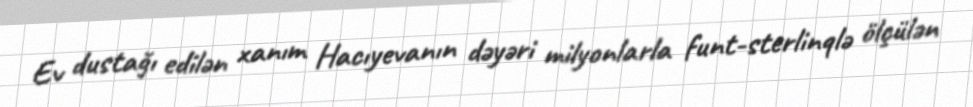
Ev dustağı edilən xanım Hacıyevanın dəyəri milyonlarla funt-sterlinqlə ölçülən